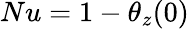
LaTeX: Nu=1-\theta_{z}(0)